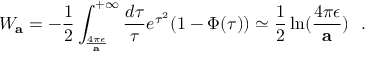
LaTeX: W _ { \bf a } = - { \frac { 1 } { 2 } } \int _ { \frac { 4 \pi \epsilon } { \bf a } } ^ { + \infty } { \frac { d \tau } { \tau } } e ^ { \tau ^ { 2 } } ( 1 - \Phi ( \tau ) ) \simeq { \frac { 1 } { 2 } } \ln ( { \frac { 4 \pi \epsilon } { \bf a } } ) ~ ~ .